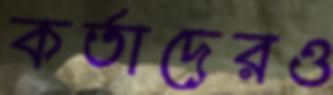
কর্তাদেরও